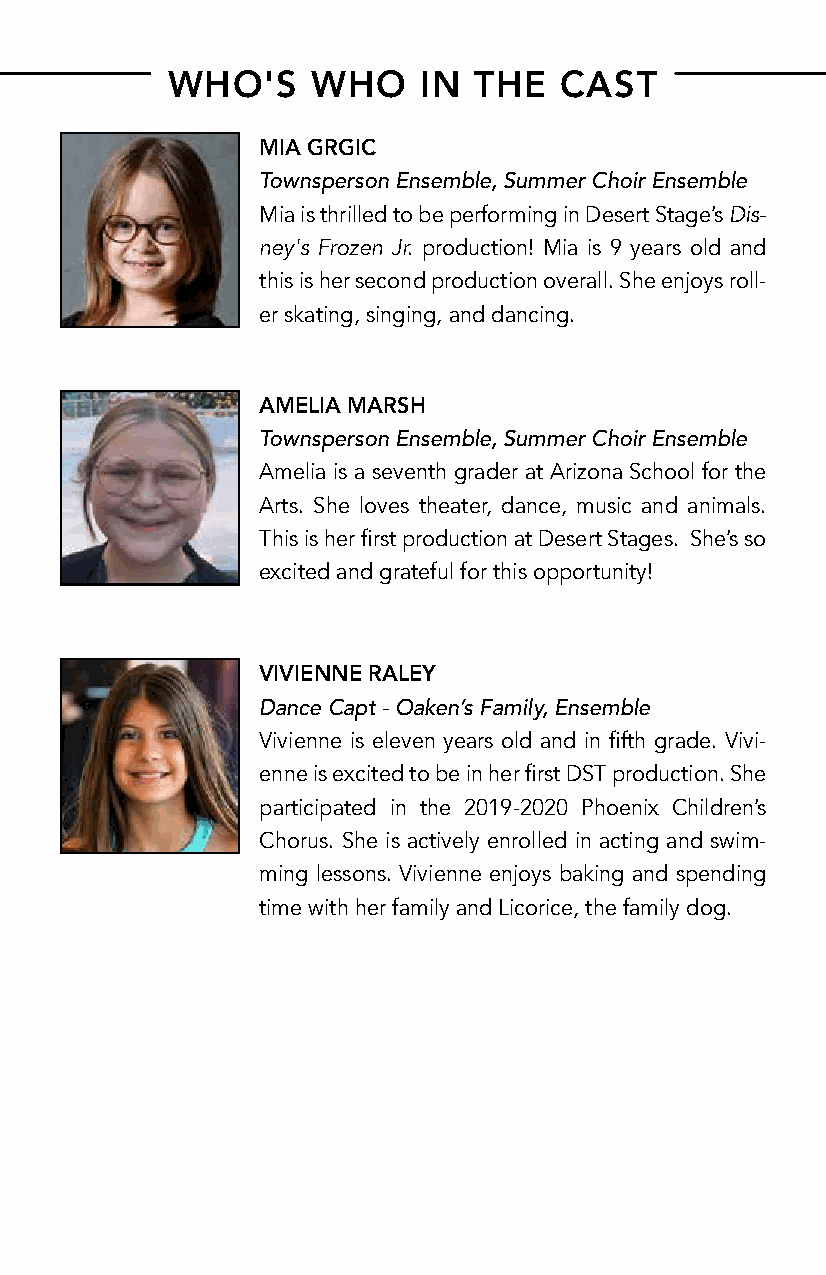
WHO'S     WHO    IN THE   CAST
 MIA GRGIC
 Townsperson Ensemble, Summer Choir Ensemble
 Mia is thrilled to be performing in Desert Stage’s Dis-
 ney's Frozen Jr. production! Mia is 9 years old and
 this is her second production overall. She enjoys roll-
 er skating, singing, and dancing.
 AMELIA MARSH
 Townsperson Ensemble, Summer Choir Ensemble
 Amelia is a seventh grader at Arizona School for the
 Arts. She loves theater, dance, music and animals.
 This is her first production at Desert Stages. She’s so
 excited and grateful for this opportunity!
 VIVIENNE RALEY
 Dance Capt - Oaken’s Family, Ensemble
 Vivienne is eleven years old and in fifth grade. Vivi-
 enne is excited to be in her first DST production. She
 participated in the 2019-2020 Phoenix Children’s
 Chorus. She is actively enrolled in acting and swim-
 ming lessons. Vivienne enjoys baking and spending
 time with her family and Licorice, the family dog.